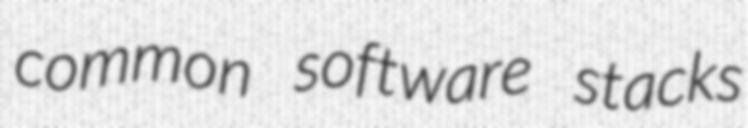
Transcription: common software stacks